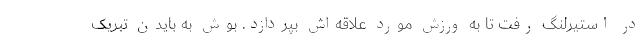
در استیرلنگ رفت تا به ورزش مورد علاقه‌اش بپردازد. بوش به بایدن تبریک